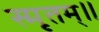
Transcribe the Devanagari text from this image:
स्मृतम्॥